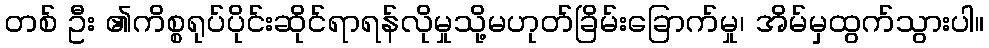
တစ် ဦး ၏ကိစ္စရုပ်ပိုင်းဆိုင်ရာရန်လိုမှုသို့မဟုတ်ခြိမ်းခြောက်မှု၊ အိမ်မှထွက်သွားပါ။